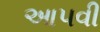
આ૫વી